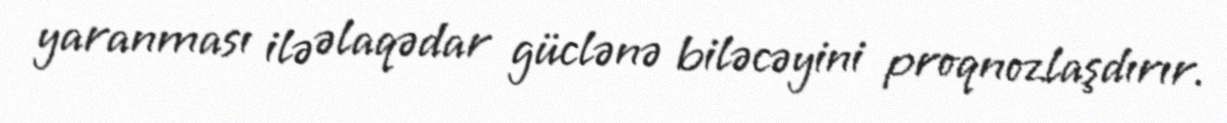
yaranması ilə əlaqədar güclənə biləcəyini proqnozlaşdırır.